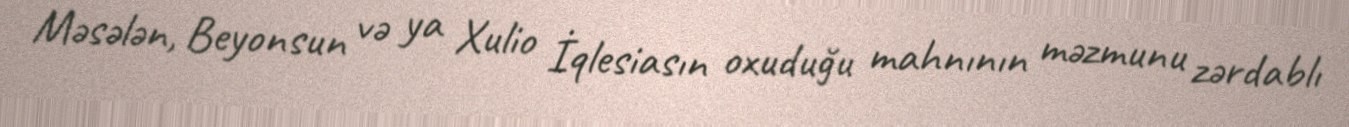
Məsələn, Beyonsun və ya Xulio İqlesiasın oxuduğu mahnının məzmunu zərdablı